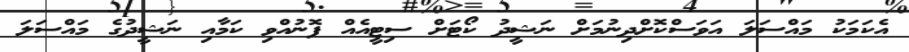
އެކަމަކު މައްސަލަ އަވަސްކޮށްދިނުމަށް ނަޝީދު ކޯޓަށް ސިޓީއެއް ފޮނުއްވި ކަމާއި ނަޝީދުގެ މައްސަލަ